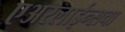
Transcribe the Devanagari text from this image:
एअरलाईन्सचा